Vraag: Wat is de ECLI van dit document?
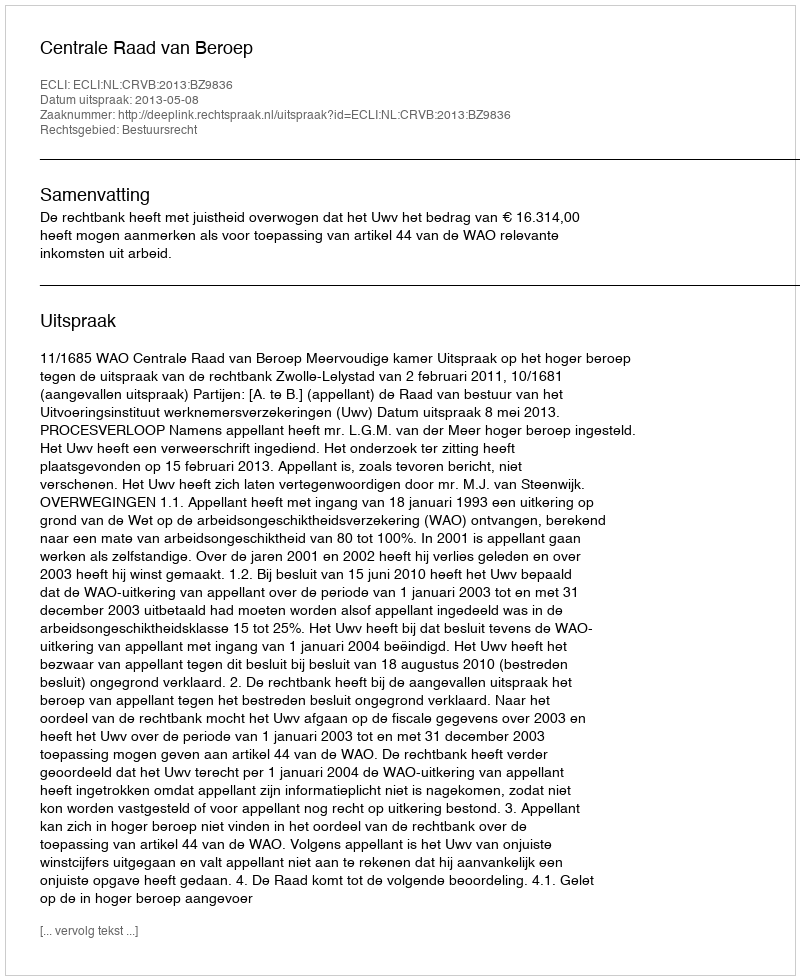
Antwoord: ECLI:NL:CRVB:2013:BZ9836